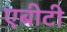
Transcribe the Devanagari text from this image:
एबीटी